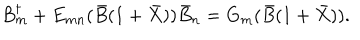
LaTeX: B _ { m } ^ { \dagger } + E _ { m n } ( \bar { B } ( 1 + \bar { X } ) ) \bar { B } _ { n } = G _ { m } ( \bar { B } ( 1 + \bar { X } ) ) .